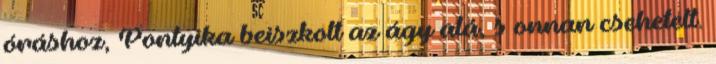
óráshoz, Pontyika beiszkolt az ágy alá, s onnan csehetelt.